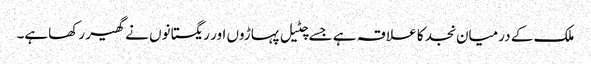
ملک کے درمیان نجد کا علا قہ ہے جسے چٹیل پہاڑوں اور ریگستانوں نے گھیر رکھاہے۔